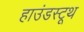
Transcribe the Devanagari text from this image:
हाउंडस्टूथ